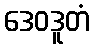
ဒေဝဒူတံ